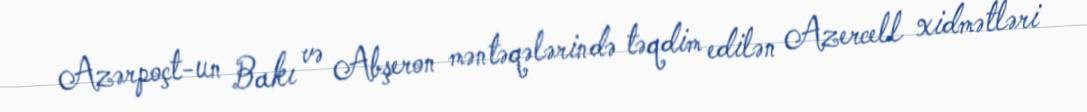
Azərpoçt-un Bakı və Abşeron məntəqələrində təqdim edilən Azercell xidmətləri